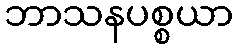
ဘာသနပစ္စယာ